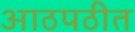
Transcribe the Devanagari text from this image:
आठपठीत